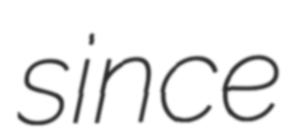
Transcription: since